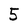
Character: 5